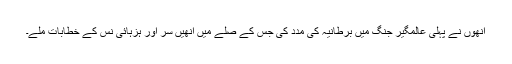
انھوں نے پہلی عالمگیر جنگ میں برطانیہ کی مدد کی جس کے صلے میں انھیں سر اور ہزہائی نس کے خطابات ملے۔